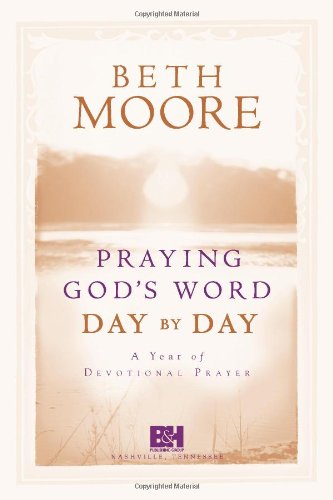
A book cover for Praying God's Word Day by Day; Beth Moore; Religion & Spirituality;